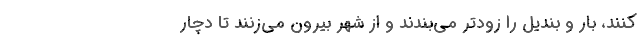
کنند، بار و بندیل را زودتر می‌بندند و از شهر بیرون می‌زنند تا دچار